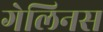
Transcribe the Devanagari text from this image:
गेलिनस